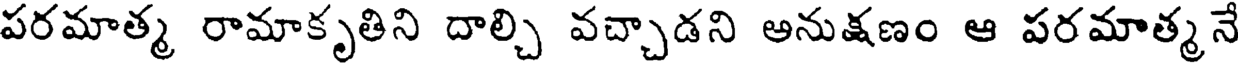
పరమాత్మ రామాకృతిని దాల్చి వచ్చాడని అనుక్షణం ఆ పరమాత్మనే